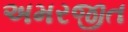
અમરજીત